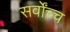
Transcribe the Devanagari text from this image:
सर्वोंच्च